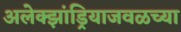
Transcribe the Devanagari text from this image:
अलेक्झांड्रियाजवळच्या